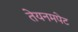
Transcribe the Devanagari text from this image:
तेयनमपेट